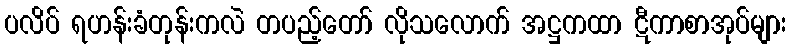
ပလိပ် ရဟန်းခံတုန်းကလဲ တပည့်တော် လိုသလောက် အဋ္ဌကထာ ဋီကာစာအုပ်များ